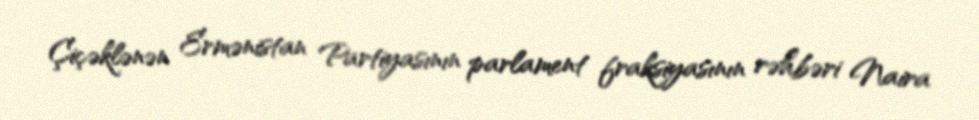
Çiçəklənən Ermənistan Partiyasının parlament fraksiyasının rəhbəri Naira